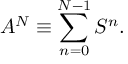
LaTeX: A ^ { N } \equiv \sum _ { n = 0 } ^ { N - 1 } S ^ { n } .